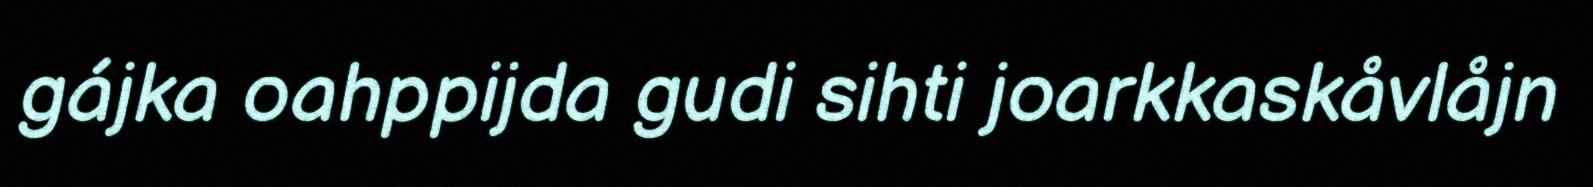
gájka oahppijda gudi sihti joarkkaskåvlåjn